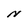
Character: N